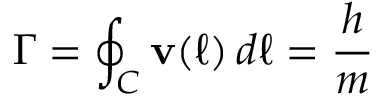
\Gamma = \oint _ { C } { \bf v } ( \ell ) \, d \ell = \frac { h } { m }